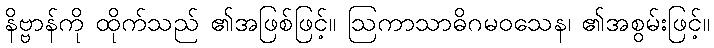
နိဗ္ဗာန်ကို ထိုက်သည် ၏အဖြစ်ဖြင့်။ ဩကာသာဓိဂမဝသေန၊ ၏အစွမ်းဖြင့်။